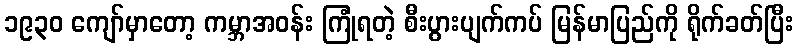
၁၉၃၀ ကျော်မှာတော့ ကမ္ဘာအဝန်း ကြုံရတဲ့ စီးပွားပျက်ကပ် မြန်မာပြည်ကို ရိုက်ခတ်ပြီး